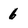
Character: 6